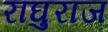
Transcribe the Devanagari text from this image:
राघुराज